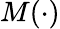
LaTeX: M(\cdot)